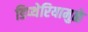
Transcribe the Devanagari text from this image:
डिप्थेरियामुळे